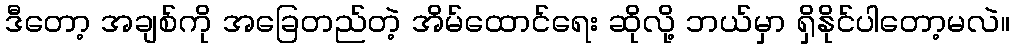
ဒီတော့ အချစ်ကို အခြေတည်တဲ့ အိမ်ထောင်ရေး ဆိုလို့ ဘယ်မှာ ရှိနိုင်ပါတော့မလဲ။